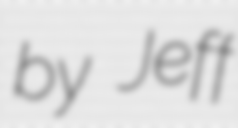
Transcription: by Jeff